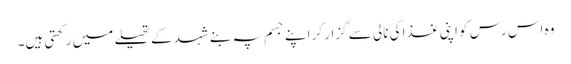
وہ اس رس کو اپنی غذا کی نالی سے گزار کر اپنے جسم پہ بنے شہد کے تھیلے میں رکھتی ہیں۔